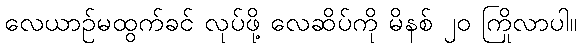
လေယာဉ်မထွက်ခင် လုပ်ဖို့ လေဆိပ်ကို မိနစ် ၂၀ ကြိုလာပါ။